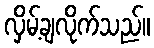
လှိမ့်ချလိုက်သည်။